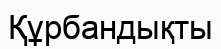
Құрбандықты